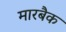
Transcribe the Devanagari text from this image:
मारबैक